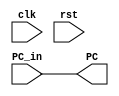
module MEM_Stage(
    input clk, rst,
    input [31:0] PC_in,
    output [31:0] PC
);

    assign PC = PC_in;

endmodule